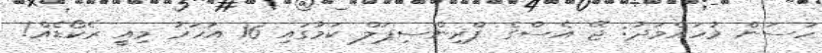
ހަސަން މުހައްމަދު: ޖޭ އެސްގެ ޕްރިންސިޕަލް ކަމުގައި 16 އަހަރު މިއީ ރެކޯޑެއް!